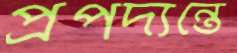
প্রপদ্যন্তে